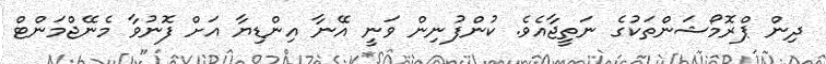
ދިން ޕްރޮމޯޝަންތަކުގެ ނަތީޖާއެވެ. ކުންފުނިން ވަނީ އޭނާ އިންޑިޔާ އަށް ފޮނުވާ މެނޭޖްމަންޓް